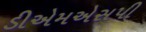
ડીએમએસપી